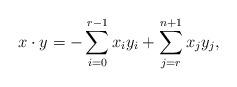
LaTeX: \begin{gather*}x\cdot y = - \sum_{i=0}^{r-1} x_iy_i +\sum_{j=r}^{n+1} x_jy_j,\end{gather*}